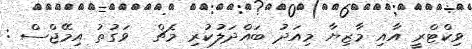
ވިކްޓްރީ އާއި މާޒިޔާ މިއަދު ބައްދަލުކުރި މެޗް  ވަގުތު އިމޭޖްސް :